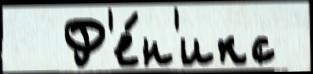
  Ф'е́н'икс